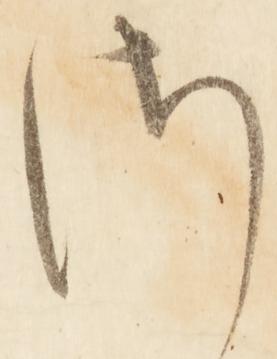
さ